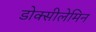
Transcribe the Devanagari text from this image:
डोक्सीलेमिन